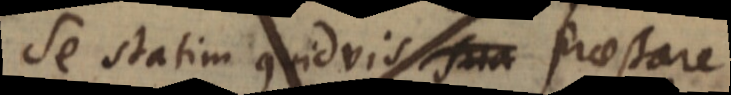
se statim quidvis _ praestare